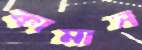
কামাস